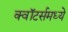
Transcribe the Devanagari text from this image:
क्वॉटर्समध्ये